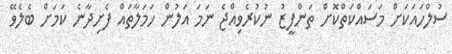
ސުލްހައަކަށް މަސައްކަތްކޮށް ތަންފީޒު ނުކުރެވިއްޖެ ނަމަ އަލުން ހަމަލާތައް ފެށިދާނެ ކަމަށް ބެލެވޭ